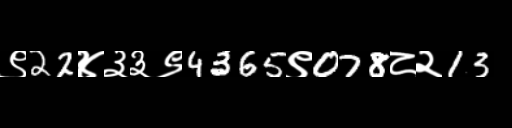
Text: ९22४३३९4365९078८२13